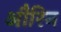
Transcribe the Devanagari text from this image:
औरिन